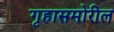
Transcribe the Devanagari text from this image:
गृहासमोरील